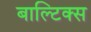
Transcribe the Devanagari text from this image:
बाल्टिक्स